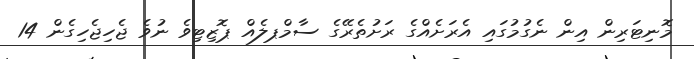
މޮނިޓަރިން އިން ނެގުމުގައި އެރަށެއްގެ ރަށުތެރޭގެ ސާމްޕލެއް ޕޮޒިޓިވެ ނުވެ ޖެހިޖެހިގެން 14